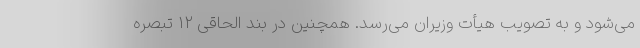
می‌شود و به تصویب هیأت وزیران می‌رسد. همچنین در بند الحاقی ۱۲ تبصره